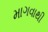
માગવાથી